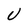
Character: U